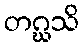
တဂ္ဃသိ